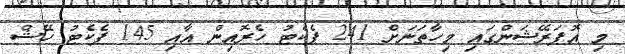
މި އޮޕަރޭޝަންގައި މިހާތަނަށް 241 ޕެކެޓު ހެރޮއިން އާއި 145 ޕެކެޓު ހޭޝް